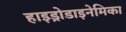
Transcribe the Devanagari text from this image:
हाइड्रोडाइनेमिका